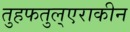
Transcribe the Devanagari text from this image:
तुहफतुल्एराकीन